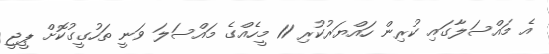
އެ މައްސަލާގައި ކުރިން ހައްޔަރުކުރި 11 މީހެއްގެ މައްސަލަ ވަނީ ތަހުގީގުކޮށް ޕީޖީ